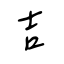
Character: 吉